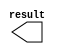
// megafunction wizard: %LPM_CONSTANT%VBB%
// GENERATION: STANDARD
// VERSION: WM1.0
// MODULE: LPM_CONSTANT 

// ============================================================
// Megafunction Name(s):
// 			LPM_CONSTANT
//
// Simulation Library Files(s):
// 			
// ============================================================
// ************************************************************
// THIS IS A WIZARD-GENERATED FILE. DO NOT EDIT THIS FILE!
//
// 13.1.0 Build 162 10/23/2013 SJ Full Version
// ************************************************************

//Copyright (C) 1991-2013 Altera Corporation
//Your use of Altera Corporation's design tools, logic functions 
//and other software and tools, and its AMPP partner logic 
//functions, and any output files from any of the foregoing 
//(including device programming or simulation files), and any 
//associated documentation or information are expressly subject 
//to the terms and conditions of the Altera Program License 
//Subscription Agreement, Altera MegaCore Function License 
//Agreement, or other applicable license agreement, including, 
//without limitation, that your use is for the sole purpose of 
//programming logic devices manufactured by Altera and sold by 
//Altera or its authorized distributors.  Please refer to the 
//applicable agreement for further details.

module lpm_constant1 (
	result)/* synthesis synthesis_clearbox = 1 */;

	output	[31:0]  result;

endmodule

// ============================================================
// CNX file retrieval info
// ============================================================
// Retrieval info: PRIVATE: INTENDED_DEVICE_FAMILY STRING "Cyclone III"
// Retrieval info: PRIVATE: JTAG_ENABLED NUMERIC "0"
// Retrieval info: PRIVATE: JTAG_ID STRING "NONE"
// Retrieval info: PRIVATE: Radix NUMERIC "16"
// Retrieval info: PRIVATE: SYNTH_WRAPPER_GEN_POSTFIX STRING "0"
// Retrieval info: PRIVATE: Value NUMERIC "1086918619"
// Retrieval info: PRIVATE: nBit NUMERIC "32"
// Retrieval info: PRIVATE: new_diagram STRING "1"
// Retrieval info: LIBRARY: lpm lpm.lpm_components.all
// Retrieval info: CONSTANT: LPM_CVALUE NUMERIC "1086918619"
// Retrieval info: CONSTANT: LPM_HINT STRING "ENABLE_RUNTIME_MOD=NO"
// Retrieval info: CONSTANT: LPM_TYPE STRING "LPM_CONSTANT"
// Retrieval info: CONSTANT: LPM_WIDTH NUMERIC "32"
// Retrieval info: USED_PORT: result 0 0 32 0 OUTPUT NODEFVAL "result[31..0]"
// Retrieval info: CONNECT: result 0 0 32 0 @result 0 0 32 0
// Retrieval info: GEN_FILE: TYPE_NORMAL lpm_constant1.v TRUE
// Retrieval info: GEN_FILE: TYPE_NORMAL lpm_constant1.inc FALSE
// Retrieval info: GEN_FILE: TYPE_NORMAL lpm_constant1.cmp FALSE
// Retrieval info: GEN_FILE: TYPE_NORMAL lpm_constant1.bsf TRUE
// Retrieval info: GEN_FILE: TYPE_NORMAL lpm_constant1_inst.v FALSE
// Retrieval info: GEN_FILE: TYPE_NORMAL lpm_constant1_bb.v TRUE